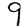
Digit: 9